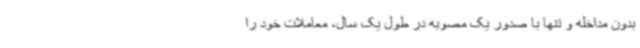
بدون مداخله و تنها با صدور یک مصوبه در طول یک سال، معاملات خود را